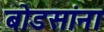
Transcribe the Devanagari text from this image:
बोडसांना